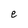
Character: e